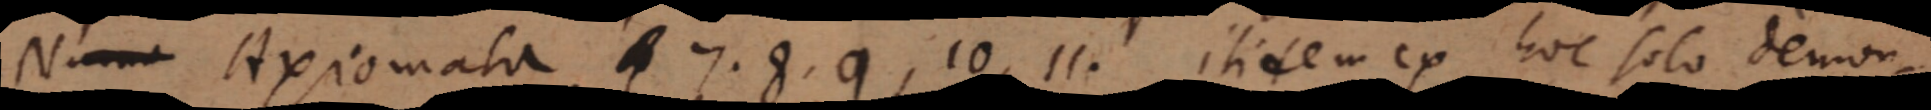
Nam Axiomata 7. 8. 9, 10, 11. itisem ex hoc solo demon